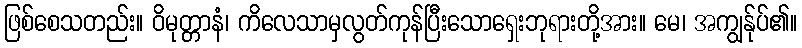
ဖြစ်စေသတည်း။ ဝိမုတ္တာနံ၊ ကိလေသာမှလွတ်ကုန်ပြီးသောရှေးဘုရားတို့အား။ မေ၊ အကျွန်ုပ်၏။